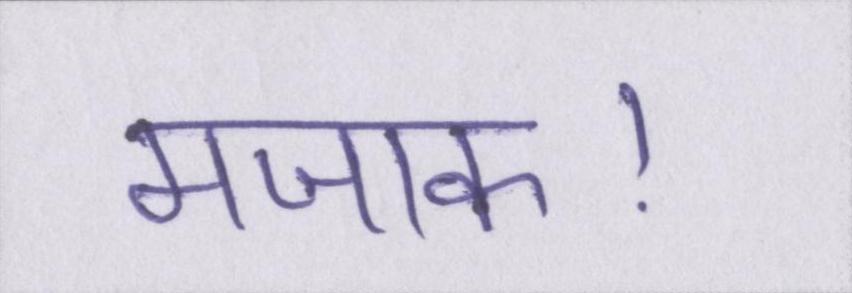
मजाक।